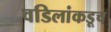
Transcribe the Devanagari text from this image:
वडिलांकडूच